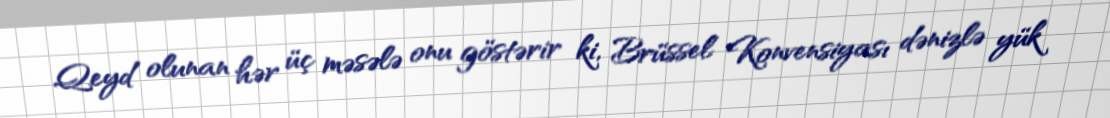
Qeyd olunan hər üç məsələ onu göstərir ki, Brüssel Konvensiyası dənizlə yük